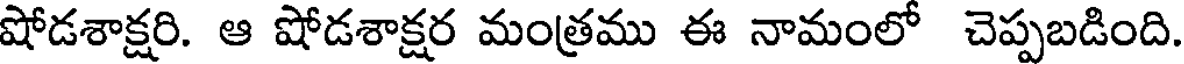
షోడశాక్షరి. ఆ షోడశాక్షర మంత్రము ఈ నామంలో చెప్పబడింది.